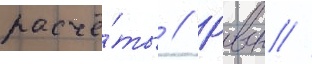
расчё́ты // Рвсн //